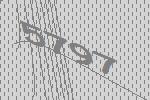
5797